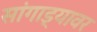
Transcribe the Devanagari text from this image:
सांगाड्यावर